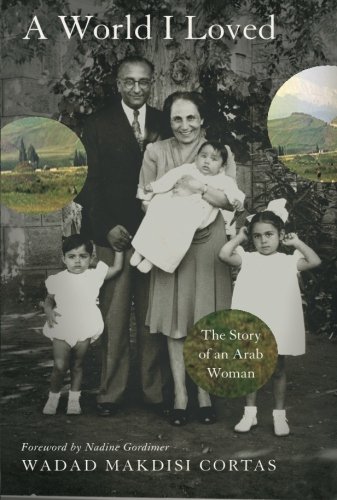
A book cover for A World I Loved: The Story of an Arab Woman; Wadad Makdisi Cortas; History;